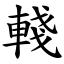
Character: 輚